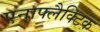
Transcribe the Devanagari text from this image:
एनाफ्लैक्टिक